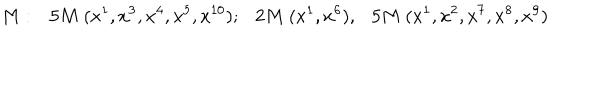
M : 5 M ~ ( x ^ { 1 } , x ^ { 3 } , x ^ { 4 } , x ^ { 5 } , x ^ { 1 0 } ) ; 2 M ~ ( x ^ { 1 } , x ^ { 6 } ) , 5 M ~ ( x ^ { 1 } , x ^ { 2 } , x ^ { 7 } , x ^ { 8 } , x ^ { 9 } )